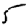
Digit: 5